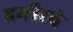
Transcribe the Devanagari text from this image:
हमीरचे